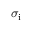
\sigma _ { \mathrm { i } }